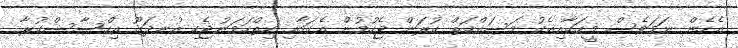
އެހެން ނަމަވެސް މީހަކާއިއެކު މަސައްކަތް ކުރަން ޖެހުމުން އެކަމާއި ހިތްހަމަނުޖެހި އުނދަގޫ އިހްސާސްކުރާ